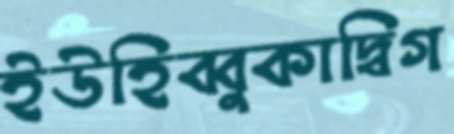
ইউহিব্বুকাদ্বিগ